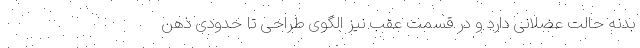
بدنه حالت عضلانی دارد و در قسمت عقب نیز الگوی طراحی تا حدودی ذهن